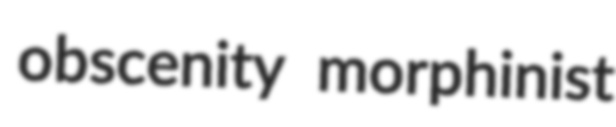
obscenity morphinist